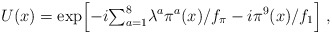
\begin{align*}U(x) = \exp\Bigl[ -i {\textstyle\sum_{a=1}^8} \lambda^a \pi^a(x)/f_\pi -i \pi^9(x)/f_1 \Bigr] \;,\end{align*}